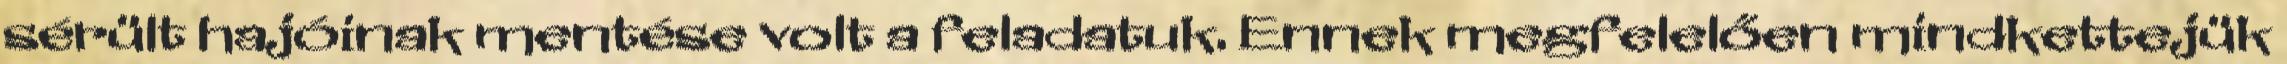
sérült hajóinak mentése volt a feladatuk. Ennek megfelelően mindkettejük